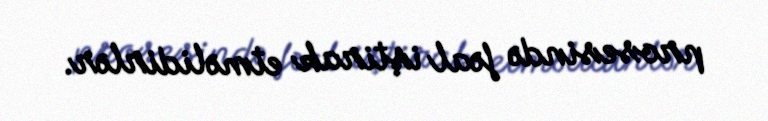
prosesində fəal iştirak etməlidirlər.